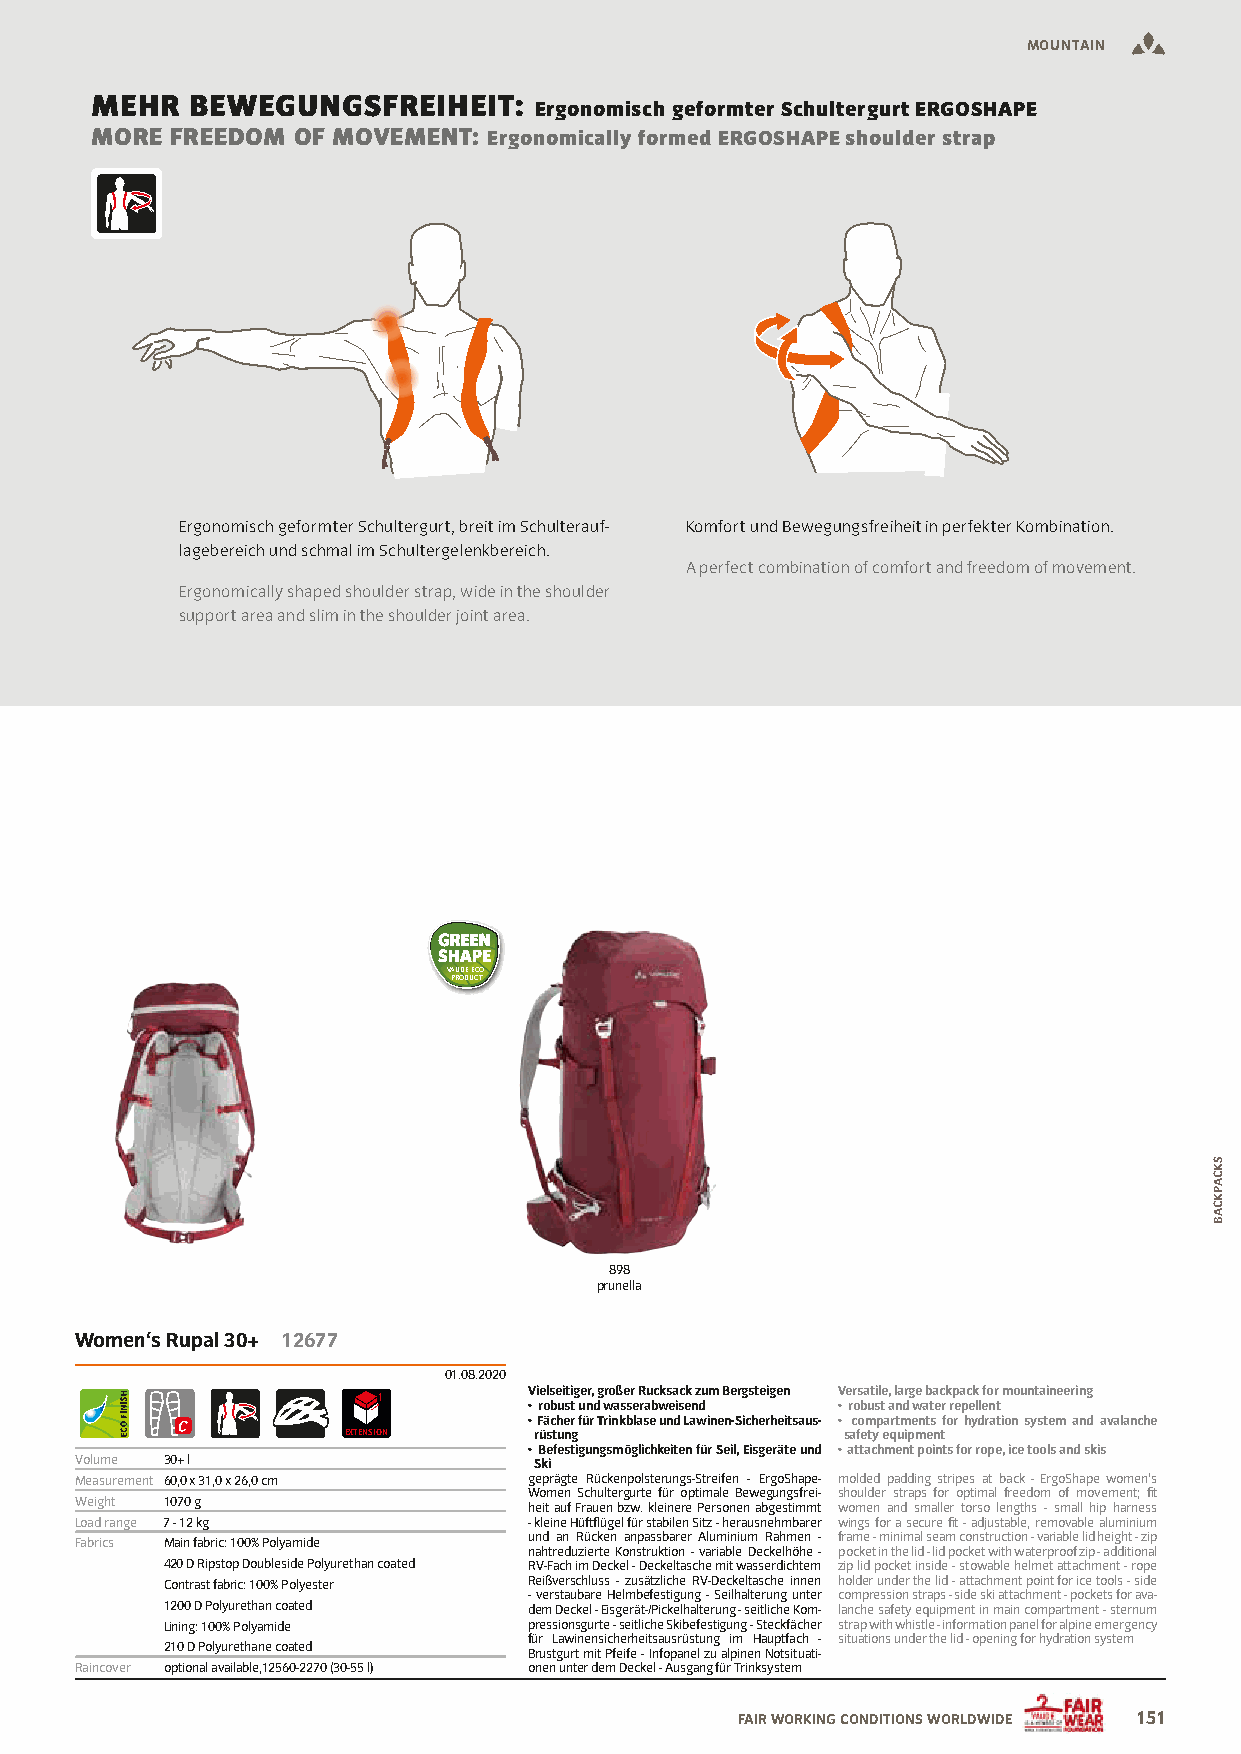
MMOOUUNNTTAAIINN
 MEHR   BEWEGUNGSFREIHEIT:
 Ergonomisch geformter Schultergurt ERGOSHAPE
 MORE FREEDOM OF MOVEMENT: Ergonomically formed ERGOSHAPE shoulder strap
 Ergonomisch geformter Schultergurt, breit im Schulterauf- Komfort und Bewegungsfreiheit in perfekter Kombination.
 lagebereich und schmal im Schultergelenkbereich.
 A perfect combination of comfort and freedom of movement.
 Ergonomically shaped shoulder strap, wide in the shoulder
 support area and slim in the shoulder joint area.
 VAUDE ECO
 PRODUCT
 898
 prunella
 Women‘s Rupal 30+ 12677
 01.08.2020
 Vielseitiger, großer Rucksack zum Bergsteigen Versatile, large backpack for mountaineering
 • robust und wasserabweisend • robust and water repellent
 • Fächer für Trinkblase und Lawinen-Sicherheitsaus- • compartments for hydration system and avalanche
 EXTENSION   rüstung              safety equipment
 • Befestigungsmöglichkeiten für Seil, Eisgeräte und • attachment points for rope, ice tools and skis
 Volume 30+ l                  Ski
 Measurement 60,0 x 31,0 x 26,0 cm geprägte Rückenpolsterungs-Streifen - ErgoShape- molded padding stripes at back - ErgoShape women‘s
 Women Schultergurte für optimale Bewegungsfrei- shoulder straps for optimal freedom of movement; fit
 Weight 1070 g
 heit auf Frauen bzw. kleinere Personen abgestimmt women and smaller torso lengths - small hip harness
 Load range 7 - 12 kg          - kleine Hüftflügel für stabilen Sitz - herausnehmbarer wings for a secure fit - adjustable, removable aluminium
 Fabrics Main fabric: 100% Polyamide und an Rücken anpassbarer Aluminium Rahmen - frame - minimal seam construction - variable lid height - zip
 nahtreduzierte Konstruktion - variable Deckelhöhe - pocket in the lid - lid pocket with waterproof zip - additional
 420 D Ripstop Doubleside Polyurethan coated RV-Fach im Deckel - Deckeltasche mit wasserdichtem zip lid pocket inside - stowable helmet attachment - rope
 Contrast fabric: 100% Polyester Reißverschluss - zusätzliche RV-Deckeltasche innen holder under the lid - attachment point for ice tools - side
 - verstaubare Helmbefestigung - Seilhalterung unter compression straps - side ski attachment - pockets for ava-
 1200 D Polyurethan coated dem Deckel - Eisgerät-/Pickelhalterung - seitliche Kom- lanche safety equipment in main compartment - sternum
 Lining: 100% Polyamide  pressionsgurte - seitliche Skibefestigung - Steckfächer strap with whistle - information panel for alpine emergency
 für Lawinensicherheitsausrüstung im Hauptfach - situations under the lid - opening for hydration system
 210 D Polyurethane coated
 Brustgurt mit Pfeife - Infopanel zu alpinen Notsituati-
 Raincover optional available,12560-2270 (30-55 l) onen unter dem Deckel - Ausgang für Trinksystem
 FAIR WORKING CONDITIONS WORLDWIDE 151
 SKCAPKCAB